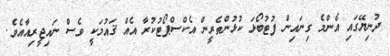
ދުނިޔޭގައި އެންމެ ގިނައިން ފުޓުބޯޅަ ކުޅުންތެރީން އެކްސްޕޯޓުކުރާ އެއް ޤައުމަކީ ވެސް ނައިޖީރިއާއެވެ.